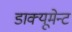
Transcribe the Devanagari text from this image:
डाक्यूमेन्ट